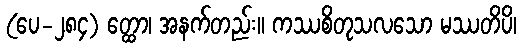
(ပေ-၂၈၄) တ္ထော၊ အနက်တည်း။ ကဿစိတုသလသော မဿတိပိ၊